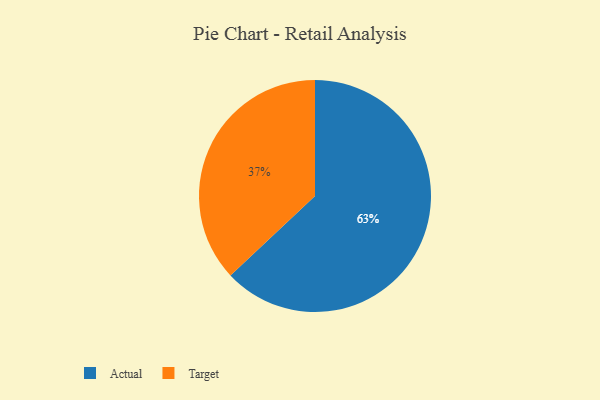
{"axis": {"x": "Category", "y": "Percentage"}, "legend": ["Actual", "Target"], "data": [{"x": "Actual", "y": 63, "type": "Actual"}, {"x": "Target", "y": 37, "type": "Target"}]}